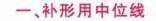
-、补形用中位线